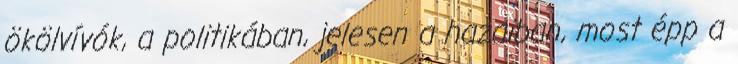
ökölvívók, a politikában, jelesen a hazaiban, most épp a